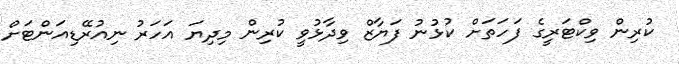
ކުރިން ވިކްޓަރީގެ ފަހަތަށް ކުޅުނު ފަޔާޒް ވިދާޅުވީ ކުރިން މިދިޔަ އަހަރު ނިއުރޭޑިއަންޓަށް